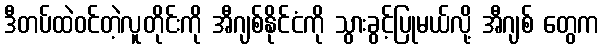
ဒီတပ်ထဲဝင်တဲ့လူတိုင်းကို အီဂျစ်နိုင်ငံကို သွားခွင့်ပြုမယ်လို့ အီဂျစ် တွေက